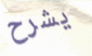
يشرح